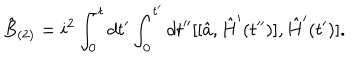
\hat { B } _ { ( 2 ) } = i ^ { 2 } \int _ { 0 } ^ { t } d t ^ { \prime } \int _ { 0 } ^ { t ^ { \prime } } d t ^ { \prime \prime } [ [ \hat { a } , \hat { H } ^ { \prime } ( t ^ { \prime \prime } ) ] , \hat { H } ^ { \prime } ( t ^ { \prime } ) ] .